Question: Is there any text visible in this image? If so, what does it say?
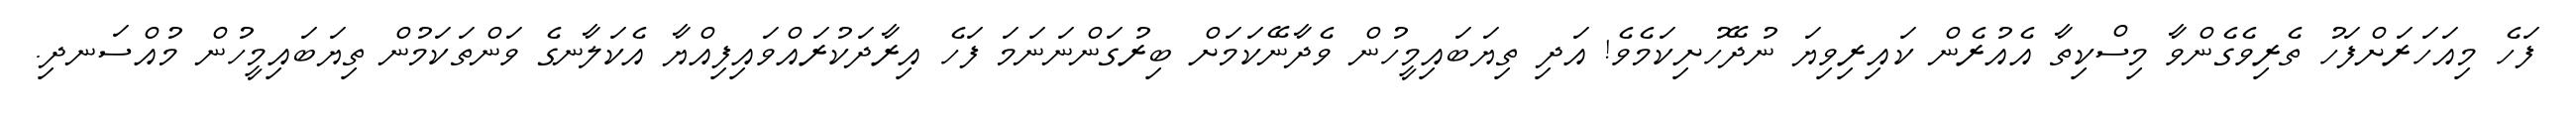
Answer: ފަހެ މިއަހަރަށްފަހު ތެރިވެގެންވާ މިސްކިތާ އެއުރެން ކައިރިވިޔަ ނުދޭހުށިކަމެވެ! އަދި ތިޔަބައިމީހުން ވެދާނޭކަމަށް ބިރުގަންނަނަމަ ފަހެ އިރާދަކުރައްވައިފިއްޔާ އެކަލާނގެ ވަންތަކަމުން ތިޔަބައިމީހުން މުއްސަނދި.